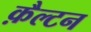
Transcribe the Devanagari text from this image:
क़ैल्टन